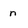
Character: n